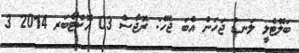
ބަލޮޓެލީ ލަނޑު ޖަހަން އެބަ ޖެހޭ: ރޮޖާސް 03 އޮކްޓޯބަރ 2014 3